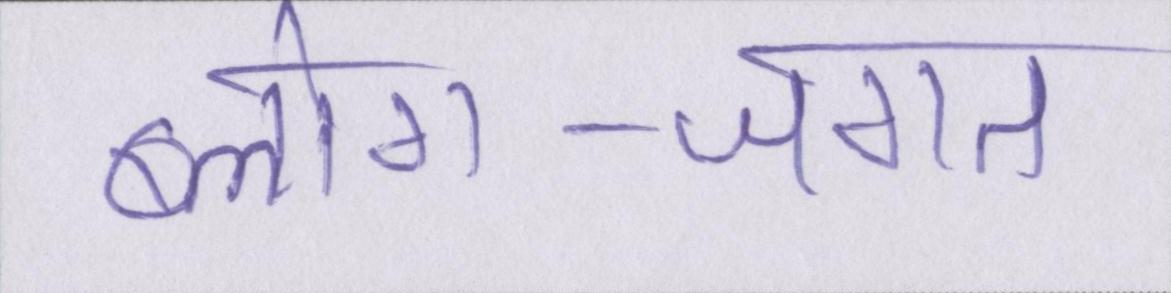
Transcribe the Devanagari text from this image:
ब्लोग-जगत